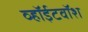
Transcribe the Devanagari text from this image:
व्हॉईटवॉश